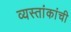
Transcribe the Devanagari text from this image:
व्यस्तांकांची